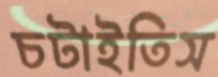
চটাইতিস